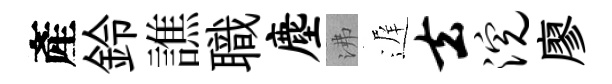
產鈴譙職麈沸遅去浣廖